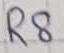
Text: R8